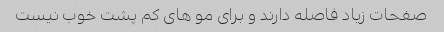
صفحات زیاد فاصله دارند و برای مو های کم پشت خوب نیست